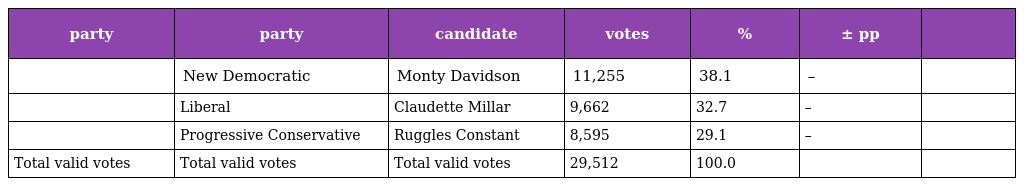
| party | party | candidate | votes | % | ± pp |  |
 | --- | --- | --- | --- | --- | --- | --- |
 |  | New Democratic | Monty Davidson | 11,255 | 38.1 | – |  |
 |  | Liberal | Claudette Millar | 9,662 | 32.7 | – |  |
 |  | Progressive Conservative | Ruggles Constant | 8,595 | 29.1 | – |  |
 | Total valid votes | Total valid votes | Total valid votes | 29,512 | 100.0 |  |  |